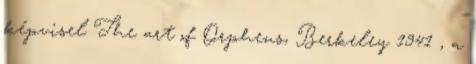
képvisel The art of Orpheus, Berkeley 1941 , a